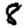
Digit: 8